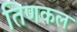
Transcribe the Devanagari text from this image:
तिणकल